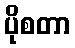
ပိုစတာ